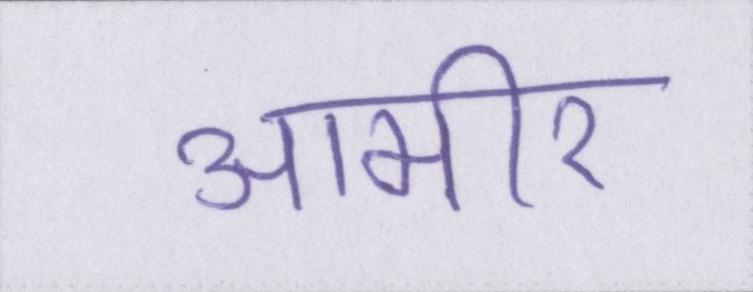
आमीर